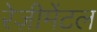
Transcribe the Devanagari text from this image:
रेज़ीमेंटल